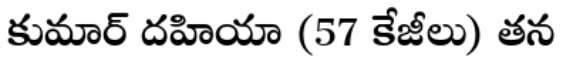
కుమార్ దహియా (57 కేజీలు) తన